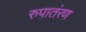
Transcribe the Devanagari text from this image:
रुपातंरण